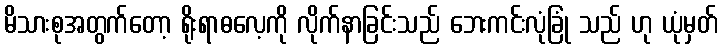
မိသားစုအတွက်တော့ ရိုးရာဓလေ့ကို လိုက်နာခြင်းသည် ဘေးကင်းလုံခြုံ သည် ဟု ယုံမှတ်